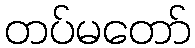
တပ်မတော်